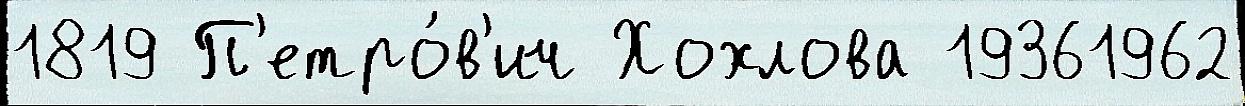
1819 П'етро́в'ич Хохлова 19361962